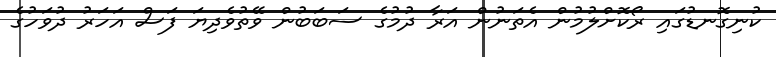
ކުނިގޮނޑުގައި ރޯކޮށްލުމުން އެތަނުން އަރާ ދުމުގެ ސަބަބުން ވޭތުވެދިޔަ ފަސް އަހަރު ދުވަހުގެ